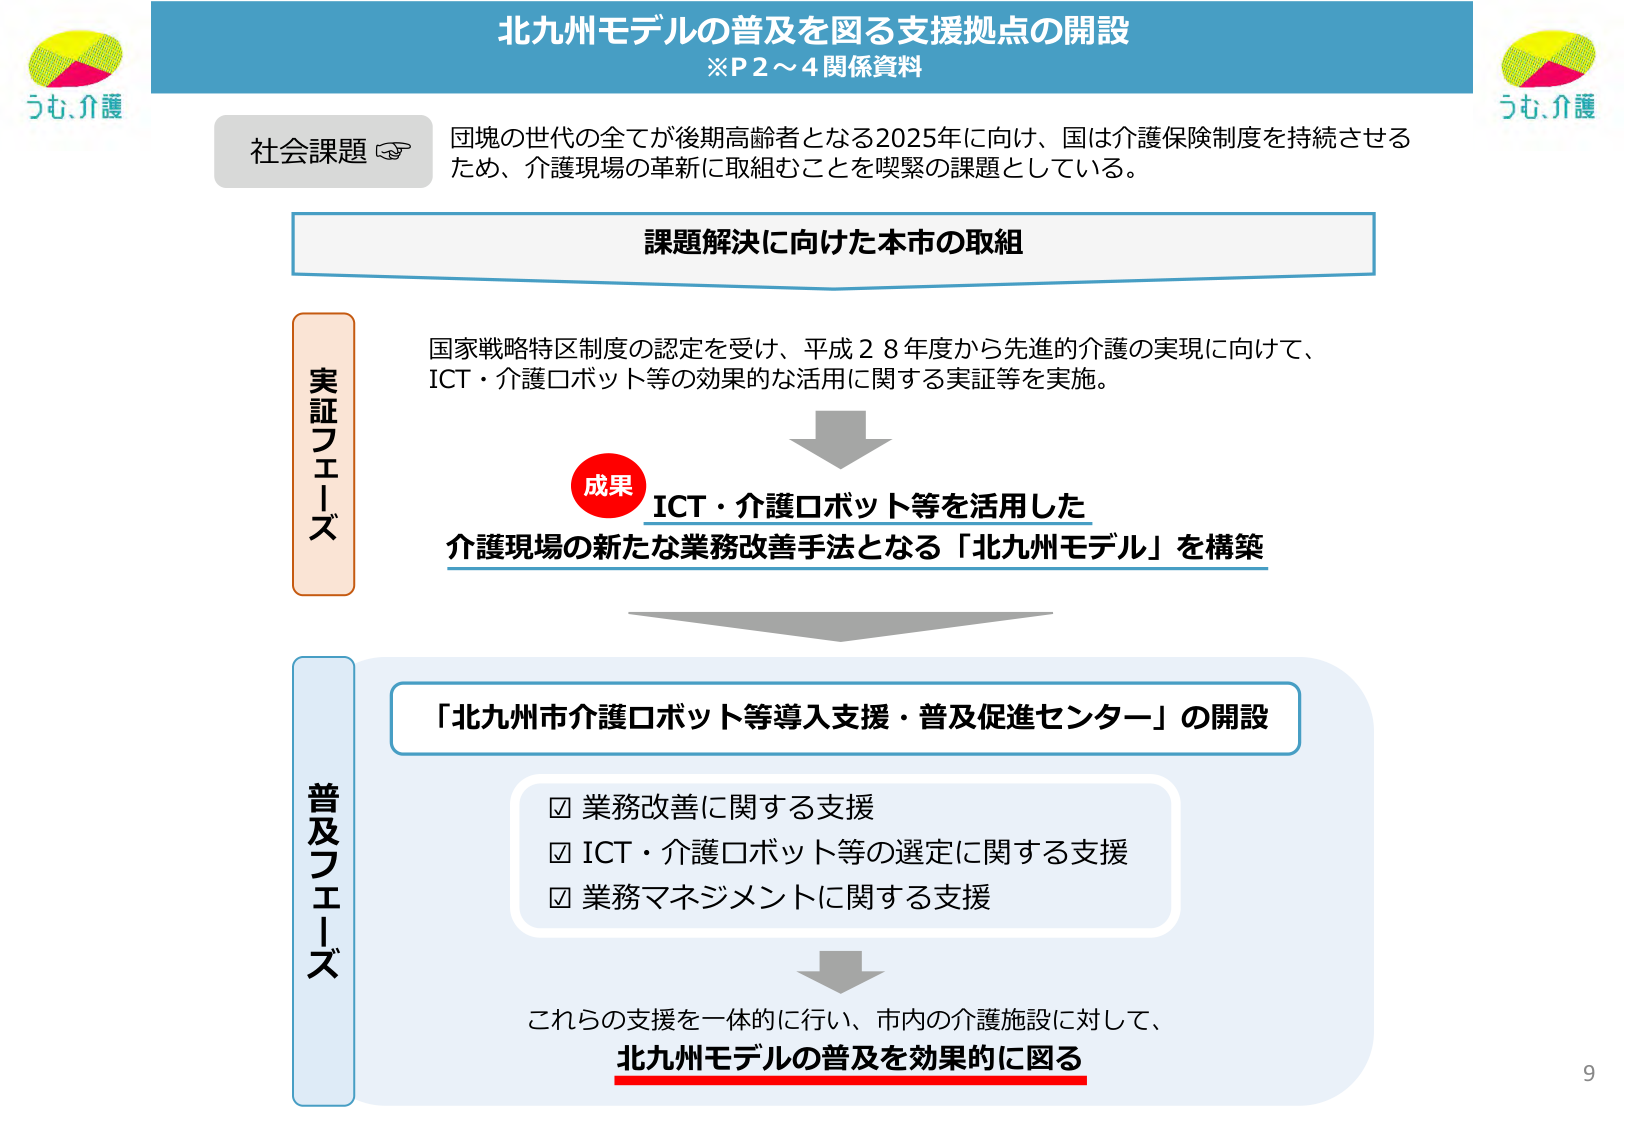
北九州モデルの普及を図る支援拠点の開設
※P2～4関係資料

うも、介護

社会課題
団塊の世代の全てが後期高齢者となる2025年に向け、国は介護保険制度を持続させるため、介護現場の革新に取組むことを喫緊の課題としている。

課題解決に向けた本市の取組

実証フェーズ
国家戦略特区制度の認定を受け、平成28年度から先進的介護の実現に向けて、ICT・介護ロボット等の効果的な活用に関する実証等を実施。

成果
ICT・介護ロボット等を活用した
介護現場の新たな業務改善手法となる「北九州モデル」を構築

普及フェーズ
「北九州市介護ロボット等導入支援・普及促進センター」の開設

☑ 業務改善に関する支援
☑ ICT・介護ロボット等の選定に関する支援
☑ 業務マネジメントに関する支援

これらの支援を一体的に行い、市内の介護施設に対して、
北九州モデルの普及を効果的に図る

うも、介護
9